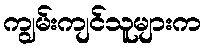
ကျွမ်းကျင်သူများက